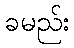
ခမည်း